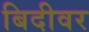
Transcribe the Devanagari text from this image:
बिदीवर